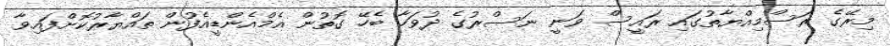
މިރޭގެ ރަސްމިއްޔާތުގައި ރައީސް ވަނީ ނަސްރުގެ ދުވަހާ ބެހޭ ގޮތުން އެމްއެންޑީއެފުން ތައްޔާރުކޮށްފައިވާ